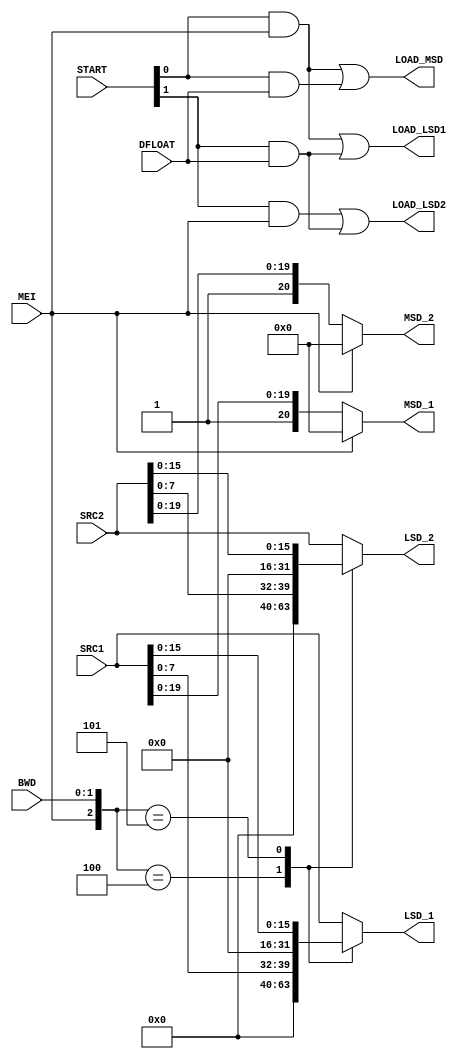
module PREPDATA ( START, MEI, DFLOAT, BWD, SRC1, SRC2,
				  MSD_1, MSD_2, LSD_1, LSD_2, LOAD_MSD, LOAD_LSD1, LOAD_LSD2 );
	input	 [1:0]	START;
	input			MEI,DFLOAT;
	input	 [1:0]	BWD;
	input	[31:0]	SRC1,SRC2;
	output [52:32]	MSD_1,MSD_2;
	output	[31:0]	LSD_1,LSD_2;
	output			LOAD_MSD,LOAD_LSD1,LOAD_LSD2;
	reg		[31:0]	LSD_1,LSD_2;
	assign MSD_1 = MEI ? 21'h0 : {1'b1,SRC1[19:0]};	  
	assign MSD_2 = MEI ? 21'h0 : {1'b1,SRC2[19:0]};
	always @(MEI or BWD or SRC1)
		casex ({MEI,BWD})
		  3'b100 : LSD_1 = {24'h000000,SRC1[7:0]};
		  3'b101 : LSD_1 = {16'h0000,SRC1[15:0]};
		 default : LSD_1 = SRC1;
		endcase
	always @(MEI or BWD or SRC2)
		casex ({MEI,BWD})
		  3'b100 : LSD_2 = {24'h000000,SRC2[7:0]};
		  3'b101 : LSD_2 = {16'h0000,SRC2[15:0]};
		 default : LSD_2 = SRC2;
		endcase
	assign LOAD_MSD  = (START[0] & MEI) | (START[0] & DFLOAT);	
	assign LOAD_LSD1 = (START[0] & MEI) | (START[1] & DFLOAT);	
	assign LOAD_LSD2 = (START[1] & MEI) | (START[1] & DFLOAT);	
endmodule